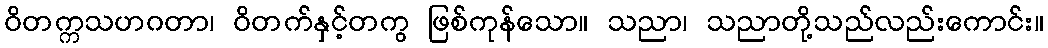
ဝိတက္ကသဟဂတာ၊ ဝိတက်နှင့်တကွ ဖြစ်ကုန်သော။ သညာ၊ သညာတို့သည်လည်းကောင်း။